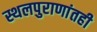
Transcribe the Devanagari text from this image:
स्थलपुराणांतही